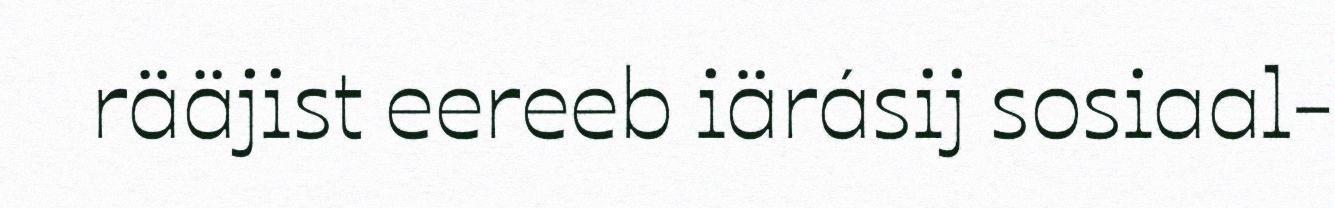
rääjist eereeb iärásij sosiaal-